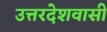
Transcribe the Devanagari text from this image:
उत्तरदेशवासी